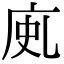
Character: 𢈗